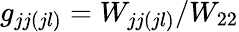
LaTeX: g_{jj(jl)}=W_{jj(jl)}/W_{22}